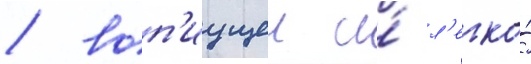
/ воп'иущеи и́ л'егко́